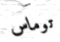
توماس